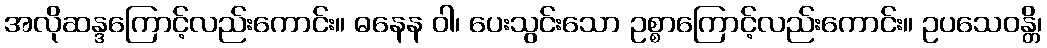
အလိုဆန္ဒကြောင့်လည်းကောင်း။ ဓနေန ဝါ၊ ပေးသွင်းသော ဥစ္စာကြောင့်လည်းကောင်း။ ဥပသေဝန္တိ၊